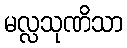
မလ္လသုဏိသာ